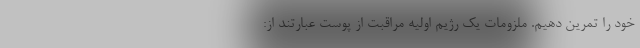
خود را تمرین دهیم. ملزومات یک رژیم اولیه مراقبت از پوست عبارتند از: